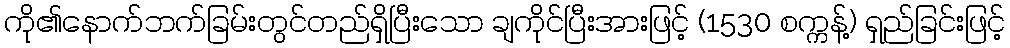
ကို၏နောက်ဘက်ခြမ်းတွင်တည်ရှိပြီးသော ချကိုင်ပြီးအားဖြင့် (1530 စက္ကန့်) ရှည်ခြင်းဖြင့်